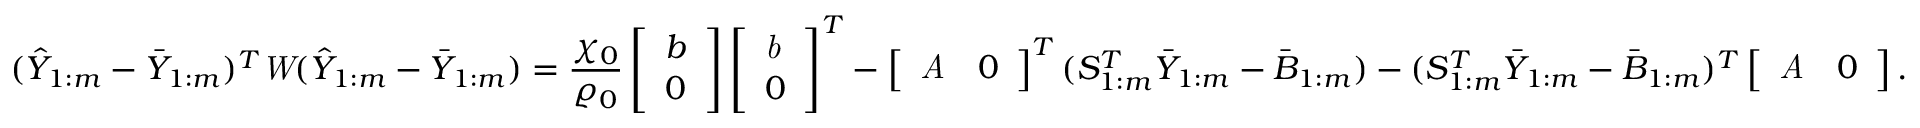
( \hat { Y } _ { 1 : m } - \bar { Y } _ { 1 : m } ) ^ { T } \emph W ( \hat { Y } _ { 1 : m } - \bar { Y } _ { 1 : m } ) = \frac { \chi _ { 0 } } { \varrho _ { 0 } } \left[ \begin{array} { l } { b } \\ { 0 } \end{array} \right] \left[ \begin{array} { l } { \emph b } \\ { 0 } \end{array} \right] ^ { T } - \left[ \begin{array} { l l } { \emph A } & { 0 } \end{array} \right] ^ { T } ( S _ { 1 : m } ^ { T } \bar { Y } _ { 1 : m } - \bar { B } _ { 1 : m } ) - ( S _ { 1 : m } ^ { T } \bar { Y } _ { 1 : m } - \bar { B } _ { 1 : m } ) ^ { T } \left[ \begin{array} { l l } { \emph A } & { 0 } \end{array} \right] .